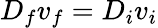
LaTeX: D_{f}v_{f}=D_{i}v_{i}